Vaccination in the Punjab 1905-1918 - 1905-1918
Year: 1905
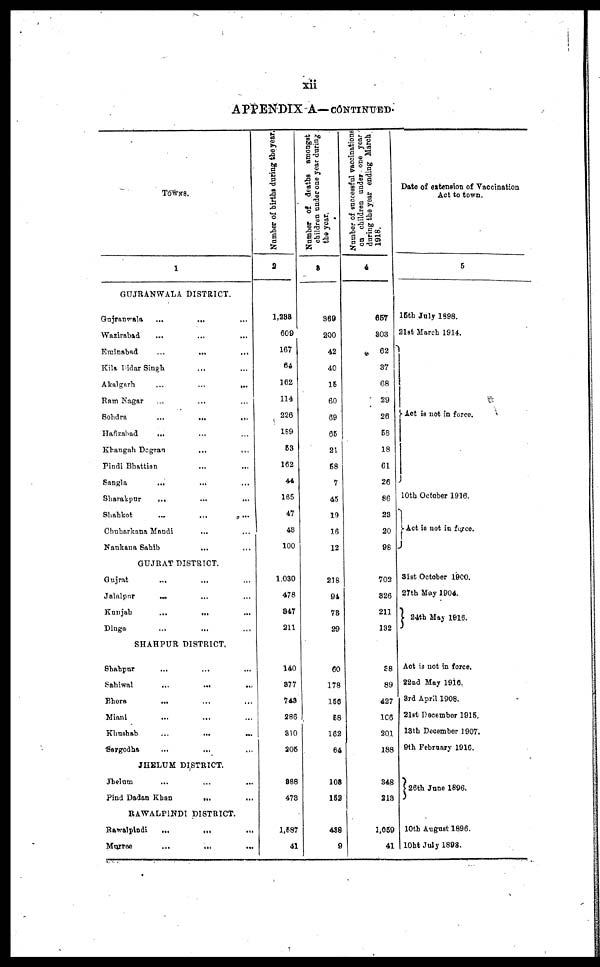
xii
APPENDIX A—CONTINUED.
TOWNS.
1
GUJRANWALA DISTRICT.
Gujranwala
...
... ...
Wazirabad
...
... ...
Eminabad
...
...
...
Kila Didar Singh ... ... ...
Akalgarh
...
...
...
Ram Nagar ... ... ...
Sohdra
...
...
...
Hafizabad ... ... ...
Khangah Dogran
...
...
Pindi Bhattian ... ... ...
Sangla
... ... ...
Sharakpur
... ... ...
Shahkot ... ... ...
Chuharkana Mandi
... ...
Nankana Sahib ... ...
GUJRAT DISTSICT.
Gujrat
...
... ...
Jalnlpur
... ... ...
Kanjah
...
... ...
Dinga
...
... ...
SHAHPUR DISTRICT.
Shahpur ... ... ...
Sahiwal
...
...
...
Bhora ... ... ...
Miani ... ... ...
Khushab
...
...
...
Sargodha
...
... ...
JHELUM DISTRICT.
Jhelum
...
...
...
Find Dadan Khan
...
...
RAWALPINDI DISTRICT.
Rawalpindi
...
...
...
Murree
...
... ...
Number of births during the year.
2
1,233
609
167
64
162
114
226
189
53
162
44
165
47
48
100
1,030
478
347
211
140
377
743
286
310
205
388
473
1,587
41
Number of deaths amongst
children under one year during
the year.
3
369
200
42
40
15
60
69
65
21
58
7
45
19
16
12
218
94
73
29
60
178
156
58
162
64
108
152
438
9
Number of successful vaccinations
on children under one year
during the year ending March
1918.
4
657
303
62
37
68
29
26
58
18
61
26
86
23
20
98
702
326
211
132
38
89
427
106
201
188
348
213
1,059
41
Date of extension of Vaccination
Act to town.
5
15th July 1898.
21st March 1914.
Act is not in force.
10th October 1916.
Act is not in force.
31st October 1900.
27th May 1904.
24th May 1916.
Act is not in force.
22nd May 1916.
3rd April 1908.
21st December 1915.
13th December 1907.
9th February 1916.
26th June 1896.
10th August 1896.
10ht July 1898.